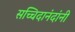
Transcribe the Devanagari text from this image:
सच्चिदानंदांनी